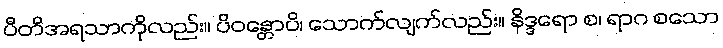
ပီတိအရသာကိုလည်း။ ပိဝန္တောပိ၊ သောက်လျက်လည်း။ နိဒ္ဒရော စ၊ ရာဂ စသော